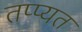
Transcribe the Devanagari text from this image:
तप्प्यत